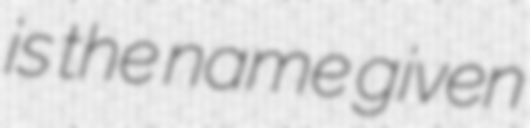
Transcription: is the name given